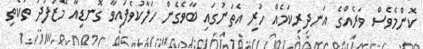
ކޮންމެވެސް ވަރެއްގެ އަނދިރިކަމެއް ހުރި އެތަނުގައި ބާވެގެން ހަލާކުވެފައިވާ ގޮނޑިއާ މޭޒުފަދަ ތަކެތި